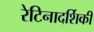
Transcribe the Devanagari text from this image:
रेटिनादर्शिकी